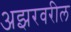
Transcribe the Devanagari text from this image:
अझरवरील